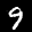
Label: 9